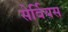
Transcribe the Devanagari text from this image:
सेर्वियस